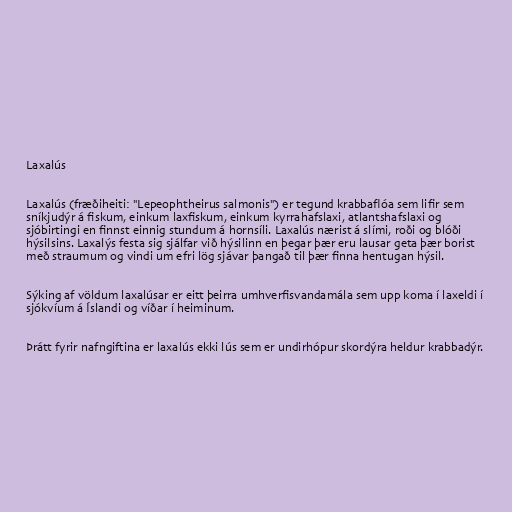
Laxalús

Laxalús (fræðiheiti: "Lepeophtheirus salmonis") er tegund krabbaflóa sem lifir sem
sníkjudýr á fiskum, einkum laxfiskum, einkum kyrrahafslaxi, atlantshafslaxi og
sjóbirtingi en finnst einnig stundum á hornsíli. Laxalús nærist á slími, roði og blóði
hýsilsins. Laxalýs festa sig sjálfar við hýsilinn en þegar þær eru lausar geta þær borist
með straumum og vindi um efri lög sjávar þangað til þær finna hentugan hýsil.

Sýking af völdum laxalúsar er eitt þeirra umhverfisvandamála sem upp koma í laxeldi í
sjókvíum á Íslandi og víðar í heiminum.

Þrátt fyrir nafngiftina er laxalús ekki lús sem er undirhópur skordýra heldur krabbadýr.